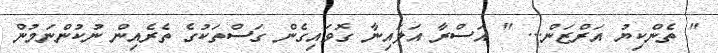
" ތެންކިޔު އަރްޒަން... " އަސްރާ އަލައިނާ ގޮވައިގެން ގަސްތަކުގެ ތެރެއިން ނުކުންނަމުން